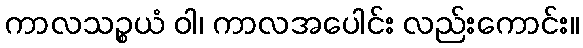
ကာလသဉ္စယံ ဝါ၊ ကာလအပေါင်း လည်းကောင်း။